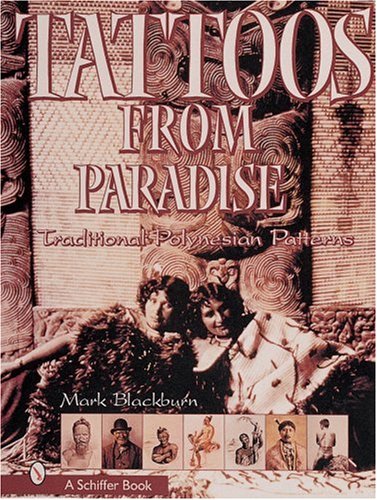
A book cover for Tattoos from Paradise: Traditional Polynesian Patterns; Mark Blackburn; Arts & Photography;